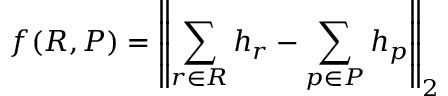
f ( R , P ) = \left\| \sum _ { r \in R } h _ { r } - \sum _ { p \in P } h _ { p } \right\| _ { 2 }